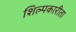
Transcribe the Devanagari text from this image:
शिल्पकारीता